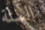
الستة